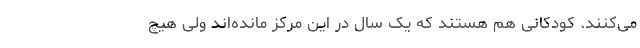
می‌کنند. کودکانی هم هستند که یک سال در این مرکز مانده‌اند ولی هیچ